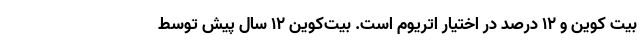
بیت کوین و ۱۲ درصد در اختیار اتریوم است. بیت‌کوین ۱۲ سال پیش توسط